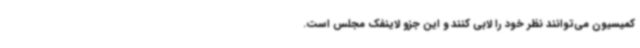
کمیسیون می‌توانند نظر خود را لابی کنند و این جزو لاینفک مجلس است.